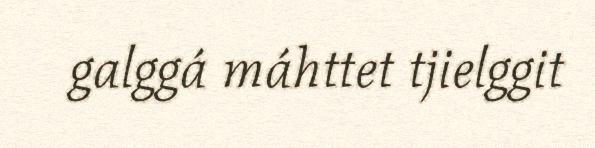
galggá máhttet tjielggit